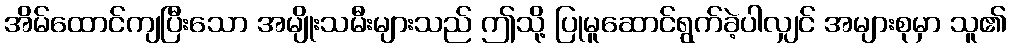
အိမ်ထောင်ကျပြီးသော အမျိုးသမီးများသည် ဤသို့ ပြုမူဆောင်ရွက်ခဲ့ပါလျှင် အများစုမှာ သူ၏